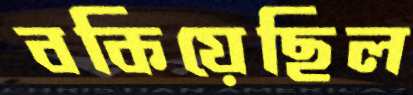
বকিয়েছিল